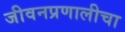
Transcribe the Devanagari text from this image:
जीवनप्रणालीचा